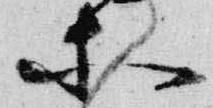
等